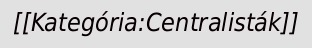
[[Kategória:Centralisták]]